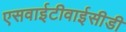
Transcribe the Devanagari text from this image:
एसवाईटीवाईसीडी